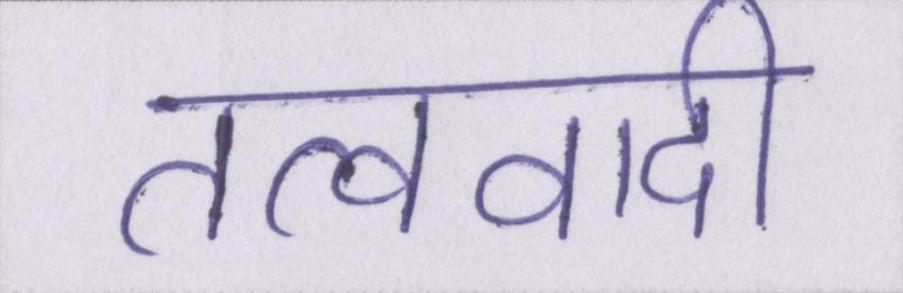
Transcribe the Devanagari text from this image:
तत्ववादी